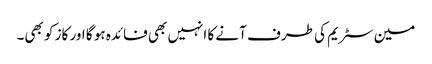
مین سٹریم کی طرف آنے کا انہیں بھی فائدہ ہو گا اور کاز کو بھی۔